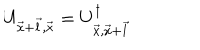
U _ { \vec { x } + \vec { l } , \vec { x } } = U _ { \vec { x } , \vec { x } + \vec { l } } ^ { \dagger }